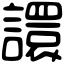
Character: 譞